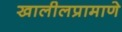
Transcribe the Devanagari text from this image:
खालीलप्रामाणे